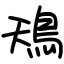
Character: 鴁